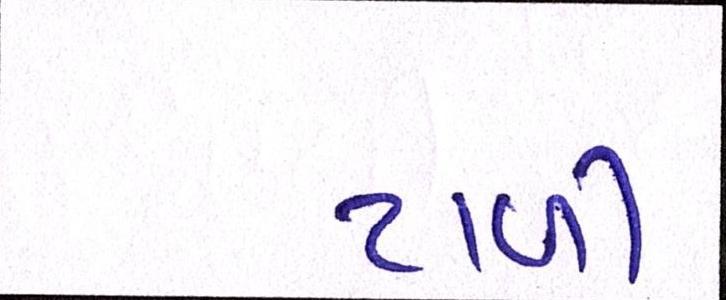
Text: ટાળી